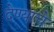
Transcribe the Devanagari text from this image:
देण्‍याचे